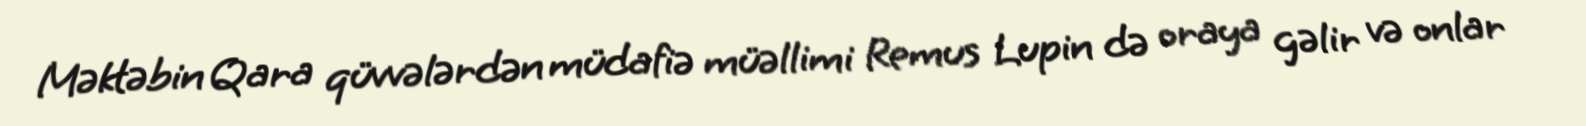
Məktəbin Qara qüvvələrdən müdafiə müəllimi Remus Lupin də oraya gəlir və onlar